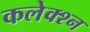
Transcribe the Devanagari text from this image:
कलेक्श्न